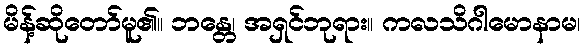
မိန့်ဆိုတော်မူ၏။ ဘန္တေ၊ အရှင်ဘုရား။ ကလသိဂါမောနာမ၊